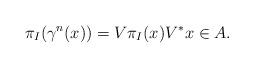
LaTeX: \begin{align*}\pi_I(\gamma^n(x))=V\pi_I(x)V^* x\in A.\end{align*}